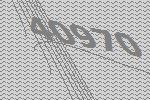
40970